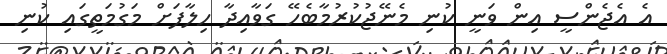
އެ އެޖެންސީ އިން ވަނީ ކުނި މެނޭޖުކުރުމާބެހޭ ގަވާއިދާ ހިލާފަށް މަގުމަތީގައި ކުނި